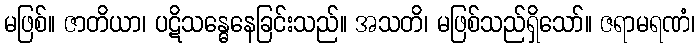
မဖြစ်။ ဇာတိယာ၊ ပဋိသန္ဓေနေခြင်းသည်။ အသတိ၊ မဖြစ်သည်ရှိသော်။ ဇရာမရဏံ၊